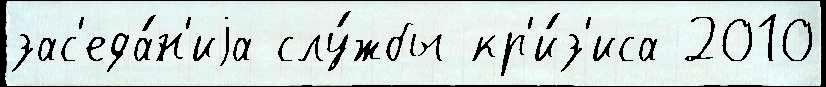
зас'еда́н'иjа слу́жбы кр'и́з'иса 2010